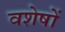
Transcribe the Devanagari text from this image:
वशेषों